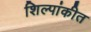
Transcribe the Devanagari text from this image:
शिल्पांकीत